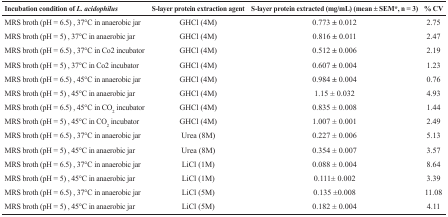
| Incubation condition of L. acidophilus | S-layer protein extraction agent | S-layer protein extracted (mg/mL) (mean ± SEM*, n = 3) | % CV |
 | --- | --- | --- | --- |
 | MRS broth (pH = 6.5) , 37°C in anaerobic jar | GHCl (4M) | 0.773 ± 0.012 | 2.75 |
 | MRS broth (pH = 5) , 37°C in anaerobic jar | GHCl (4M) | 0.816 ± 0.011 | 2.47 |
 | MRS broth (pH = 6.5) , 37°C in Co2 incubator | GHCl (4M) | 0.512 ± 0.006 | 2.19 |
 | MRS broth (pH = 5) , 37°C in Co2 incubator | GHCl (4M) | 0.607 ± 0.004 | 1.23 |
 | MRS broth (pH = 6.5) , 45°C in anaerobic jar | GHCl (4M) | 0.984 ± 0.004 | 0.76 |
 | MRS broth (pH = 5) , 45°C in anaerobic jar | GHCl (4M) | 1.15 ± 0.032 | 4.93 |
 | MRS broth (pH = 6.5) , 45°C in CO2 incubator | GHCl (4M) | 0.835 ± 0.008 | 1.44 |
 | MRS broth (pH = 5) , 45°C in CO2 incubator | GHCl (4M) | 1.007 ± 0.001 | 2.49 |
 | MRS broth (pH = 6.5) , 37°C in anaerobic jar | Urea (8M) | 0.227 ± 0.006 | 5.13 |
 | MRS broth (pH = 5) , 45°C in anaerobic jar | Urea (8M) | 0.354 ± 0.007 | 3.57 |
 | MRS broth (pH = 6.5) , 37°C in anaerobic jar | LiCl (1M) | 0.088 ± 0.004 | 8.64 |
 | MRS broth (pH = 5) , 45°C in anaerobic jar | LiCl (1M) | 0.111± 0.002 | 3.39 |
 | MRS broth (pH = 6.5) , 37°C in anaerobic jar | LiCl (5M) | 0.135 ±0.008 | 11.08 |
 | MRS broth (pH = 5) , 45°C in anaerobic jar | LiCl (5M) | 0.182 ± 0.004 | 4.11 |